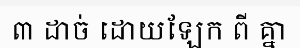
៣ ដាច់ ដោយឡែក ពី គ្នា